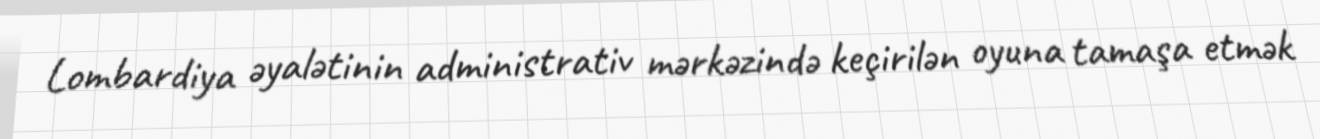
Lombardiya əyalətinin administrativ mərkəzində keçirilən oyuna tamaşa etmək